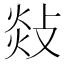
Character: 敥